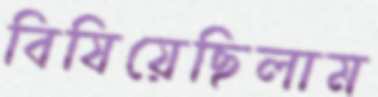
বিষিয়েছিলাম